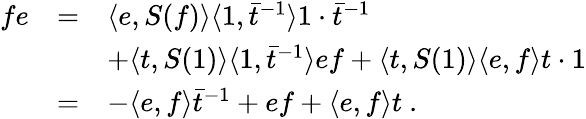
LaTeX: \begin{array}{rcl}{{fe}}&{{=}}&{{\langle e,S(f)\rangle\langle 1,{\bar{t}}^{-1}\rangle 1\cdot\bar{t}^{-1}}}\\ {{}}&{{}}&{{+\langle t,S(1)\rangle\langle 1,\bar{t}^{-1}\rangle ef+\langle t,S(1)\rangle\langle e,f\rangle t\cdot 1}}\\ {{}}&{{=}}&{{-\langle e,f\rangle{\bar{t}}^{-1}+ef+\langle e,f\rangle t~.}}\end{array}